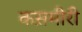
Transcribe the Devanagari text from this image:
कस़मीरी